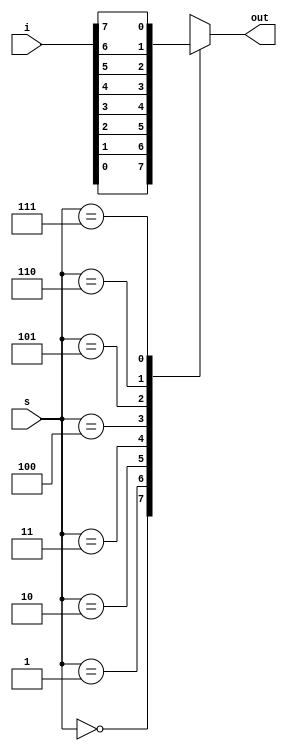
module mux_8x1(i,s,out); 
input [7:0]i; 
input [2:0]s; 
output reg out; 
always @(*) 
begin
    case(s) 
        3'd0:out=i[0]; 
        3'd1:out=i[1]; 
        3'd2:out=i[2]; 
        3'd3:out=i[3]; 
        3'd4:out=i[4]; 
        3'd5:out=i[5]; 
        3'd6:out=i[6]; 
        3'd7:out=i[7];
		default:out=3'b000;
    endcase 
	end
endmodule